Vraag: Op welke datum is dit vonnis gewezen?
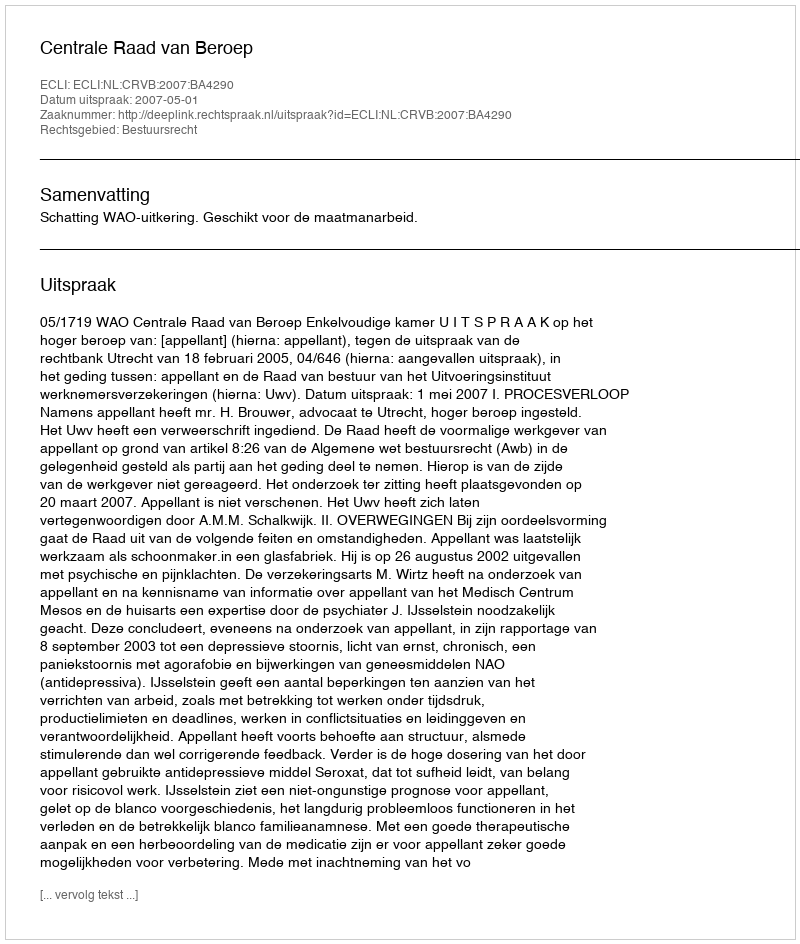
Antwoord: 2007-05-01